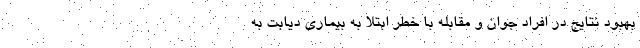
بهبود نتایج در افراد جوان و مقابله با خطر ابتلا به بیماری دیابت به